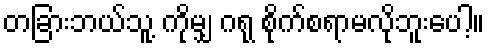
တခြားဘယ်သူ့ ကိုမျှ ဂရု စိုက်စရာမလိုဘူးပေါ့။